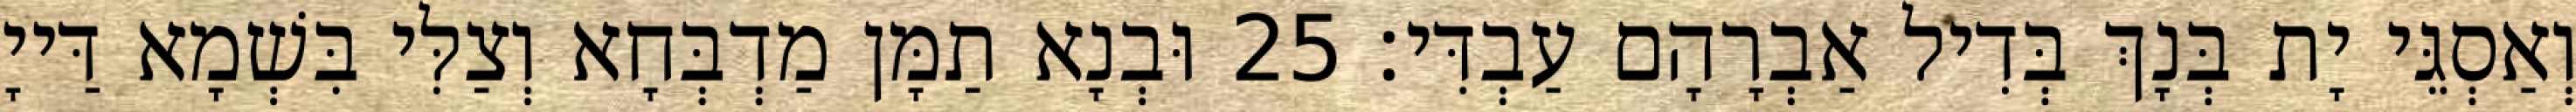
וְאַסְגֵּי יָת בְּנָךְ בְּדִיל אַבְרָהָם עַבְדִּי׃ 25 וּבְנָא תַמָּן מַדְבְּחָא וְצַלִּי בִּשְׁמָא דַּייָ